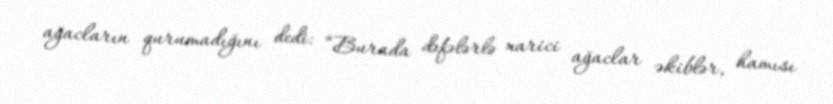
ağacların qurumadığını dedi: “Burada dəfələrlə xarici ağaclar əkiblər, hamısı